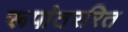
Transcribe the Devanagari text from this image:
रूपांतररित